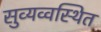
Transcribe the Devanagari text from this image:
सुव्यव्वस्थित